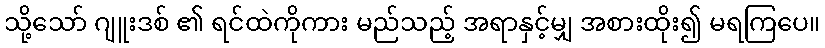
သို့သော် ဂျူးဒစ် ၏ ရင်ထဲကိုကား မည်သည့် အရာနှင့်မျှ အစားထိုး၍ မရကြပေ။